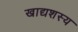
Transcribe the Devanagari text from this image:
खाद्यशस्य